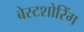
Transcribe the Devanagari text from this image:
बेस्टशोरिंग